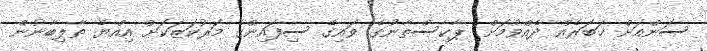
ސަންއަށް ޚަބަރެއް ދެއްވުމަށް: ޕާކިސްތާނުގެ ވައިގެ ސިފައިންގެ މަރުކަޒަކަށް އިއްޔެ ތާލިބާނުން